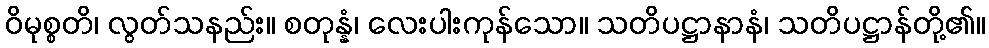
ဝိမုစ္စတိ၊ လွတ်သနည်း။ စတုန္နံ၊ လေးပါးကုန်သော။ သတိပဋ္ဌာနာနံ၊ သတိပဋ္ဌာန်တို့၏။